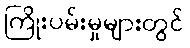
ကြိုးပမ်းမှုများတွင်